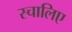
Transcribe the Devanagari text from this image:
स्चालिए